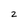
Character: 2